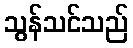
သွန်သင်သည်